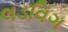
લડવિગ